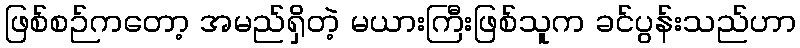
ဖြစ်စဉ်ကတော့ အမည်ရှိတဲ့ မယားကြီးဖြစ်သူက ခင်ပွန်းသည်ဟာ